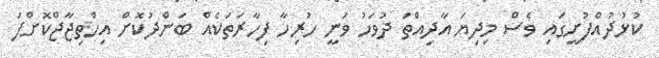
ކުޅުދުއްފުށީގައި ވެސް މިދިޔަ އާދިއްތަ ދުވަހު ވަނީ ހުރިހާ ފިހާރަތަކެއް ބަންދުކޮށް އިހްތިޖާޖްކޮށްފަ